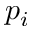
p _ { i }